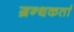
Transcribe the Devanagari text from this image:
ग्रन्थकर्ता